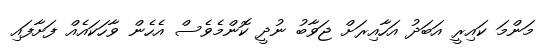
މަންމަ ކައިރީ އަބަދު އަހާއިރަށް ޖަވާބު ނުދީ ކޮންމެވެސް އެހެން ވާހަކައެއް ފަށާފައި